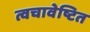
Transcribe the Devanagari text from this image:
त्वचावेष्टित